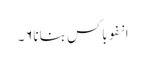
انفوباکس بنانا۶۔